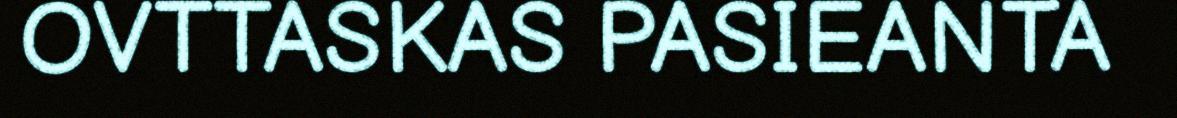
OVTTASKAS PASIEANTA